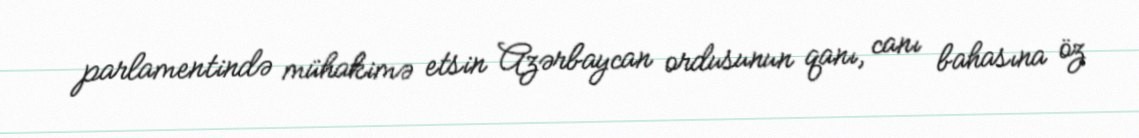
parlamentində mühakimə etsin Azərbaycan ordusunun qanı, canı bahasına öz